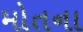
મોતના